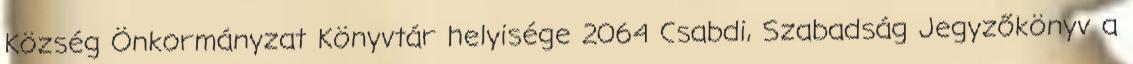
Község Önkormányzat Könyvtár helyisége 2064 Csabdi, Szabadság Jegyzőkönyv a